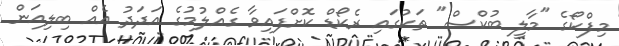
މިފްކޯގެ "މާލީ ބުކްސް" ތަކުގައި ރެކޯޑް ކޮށްފައިވާ ގެއްލުމުގެ އަދަދު އެއް ބިލިއަން